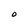
Character: O